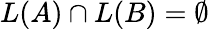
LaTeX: L(A)\cap L(B)=\emptyset